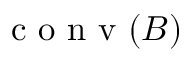
\mathrm { ~ c ~ o ~ n ~ v ~ } ( B )